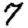
Digit: 7